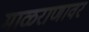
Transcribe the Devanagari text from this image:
माळराणावर